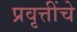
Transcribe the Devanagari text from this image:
प्रवृत्तींचे